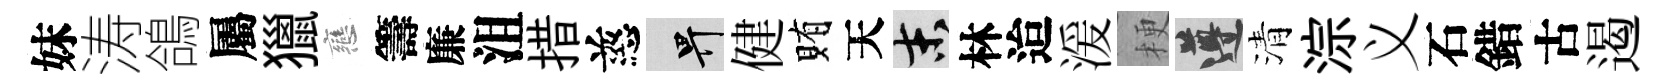
妹涛鴿屬獵戀籌廉沮措慈畀健賄天末林迨湲梗遵清淙义石錯古遏